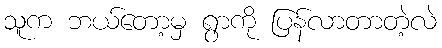
သူက ဘယ်တော့မှ ရွာကို ပြန်လာတာတဲ့လဲ